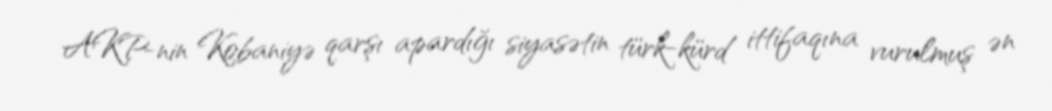
AKP-nin Kobaniyə qarşı apardığı siyasətin türk-kürd ittifaqına vurulmuş ən